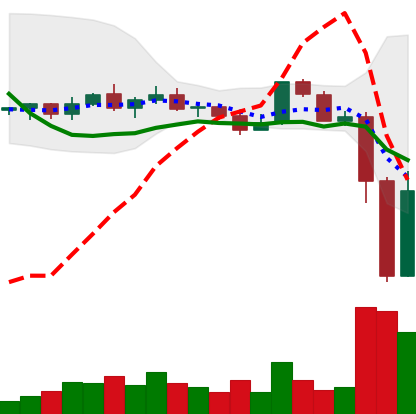
Ticker: XLM-USD
Chart end date: 2022-11-10
Forward return: -4.941%
Label: down_3_5